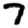
Digit: 7